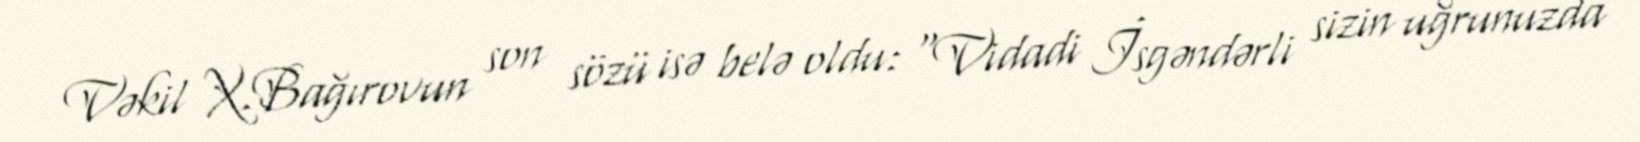
Vəkil X.Bağırovun son sözü isə belə oldu: “Vidadi İsgəndərli sizin uğrunuzda